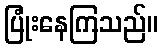
ပြုံးနေကြသည်။